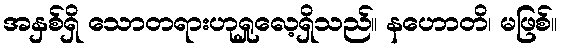
အနှစ်ရှိ သောတရားဟုရှုလေ့ရှိသည်။ နဟောတိ၊ မဖြစ်။